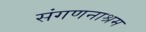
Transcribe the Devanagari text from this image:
संगणनाश्रम